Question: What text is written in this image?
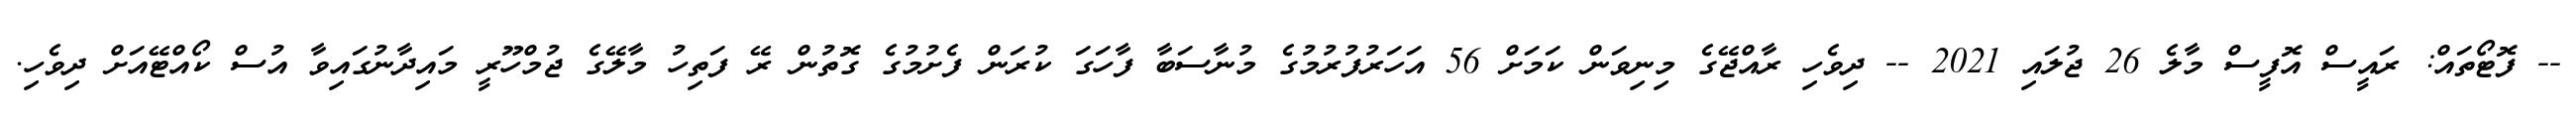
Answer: -- ފޮޓޯތައް: ރައީސް އޮފީސް މާލެ 26 ޖުލައި 2021 -- ދިވެހި ރާއްޖޭގެ މިނިވަން ކަމަށް 56 އަހަރުފުރުމުގެ މުނާސަބާ ފާހަގަ ކުރަން ފެށުމުގެ ގޮތުން ރޭ ފަތިހު މާލޭގެ ޖުމްހޫރީ މައިދާނުގައިވާ އުސް ކޯއްޓޭއަށް ދިވެހި.